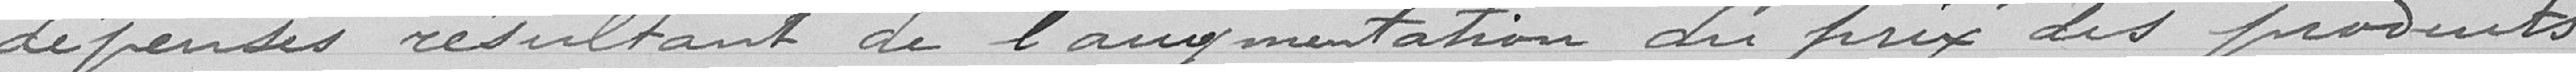
dépenses résultant de l'augmentation du prix des produits